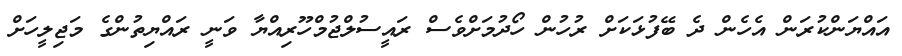
އައްޔަންކުރަން އެހެން ދެ ބޭފުޅަކަށް ރުހުން ހޯދުމަށްވެސް ރައީސުލްޖުމްހޫރިއްޔާ ވަނީ ރައްޔިތުންގެ މަޖިލީހަށް